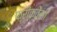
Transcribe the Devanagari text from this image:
फ्ऱीक्वेंसी